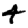
Digit: 4